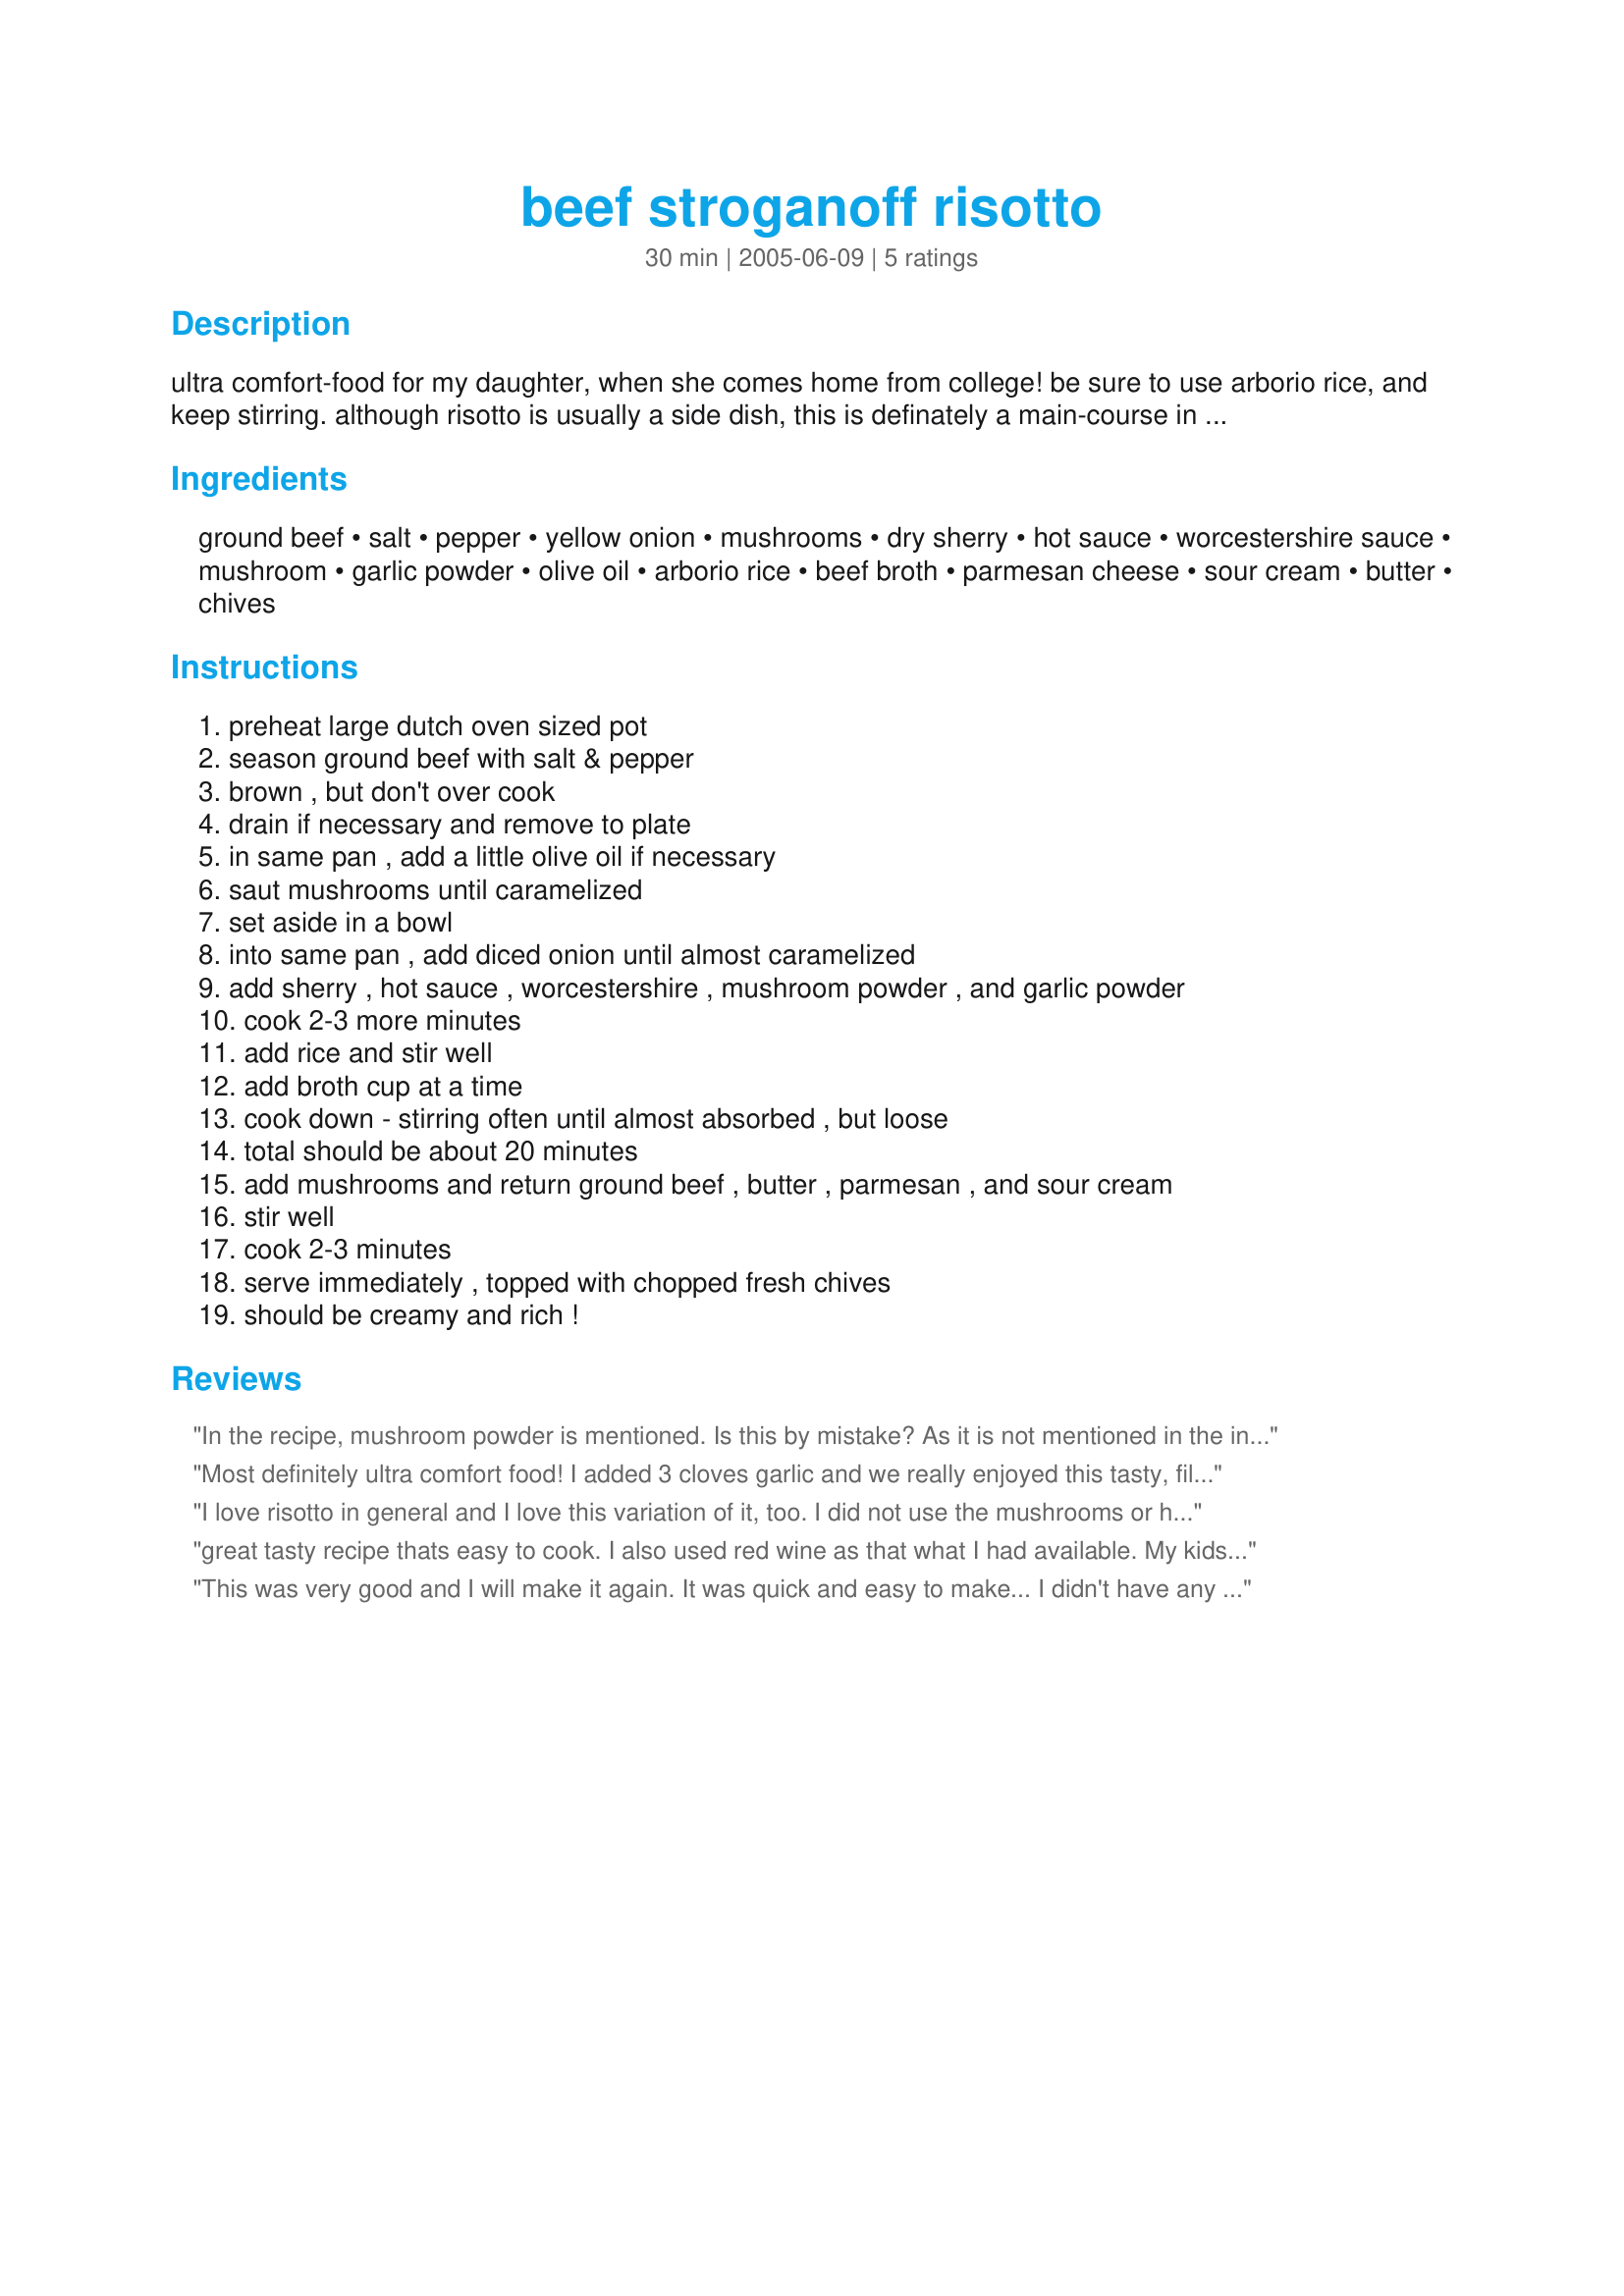
beef stroganoff risotto
Preparation time: 30 minutes

ultra comfort-food for my daughter, when she comes home from college! be sure to use arborio rice, and keep stirring. although risotto is usually a side dish, this is definately a main-course in my book!

Ingredients:
ground beef, salt, pepper, yellow onion, mushrooms, dry sherry, hot sauce, worcestershire sauce, mushroom, garlic powder, olive oil, arborio rice, beef broth, parmesan cheese, sour cream, butter, chives

Steps:
preheat large dutch oven sized pot, season ground beef with salt & pepper, brown , but don't over cook, drain if necessary and remove to plate, in same pan , add a little olive oil if necessary, saut mushrooms until caramelized, set aside in a bowl, into same pan , add diced onion until almost caramelized, add sherry , hot sauce , worcestershire , mushroom powder , and garlic powder, cook 2-3 more minutes, add rice and stir well, add broth cup at a time, cook down - stirring often until almost absorbed , but loose, total should be about 20 minutes, add mushrooms and return ground beef , butter , parmesan , and sour cream, stir well, cook 2-3 minutes, serve immediately , topped with chopped fresh chives, should be creamy and rich !

Reviews:
In the recipe, mushroom powder is mentioned. Is this by mistake? As it is not mentioned in the ingredients. Also, if the recipe is followed exactly, how many people would it feed as a main course? Thanks.
Most definitely ultra comfort food! I added 3 cloves garlic and we really enjoyed this tasty, filling and easy dish!
I love risotto in general and I love this variation of it, too. I did not use the mushrooms or hot sauce and it was still delicious. It was creamy and full of flavor. I wasn't sure what to do with the ground beef as the recipe never mentioned it after cooking it. So, I added about 1/2 pound back in at the same time I added the butter, sour cream, and parmesan. To me 1 pound would have been WAY too much. 1/2 pound was perfect. Thanks for the recipe.
great tasty recipe thats easy to cook. I also used red wine as that what I had available. My kids even liked and ate the mushromms with out too much fuss.
This was very good and I will make it again. It was quick and easy to make... I didn't have any sherry so I used red wine, but good just the same. Thank You for posting this :)
